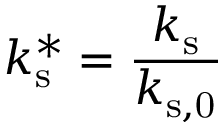
k _ { \mathrm { s } } ^ { * } = \frac { k _ { \mathrm { s } } } { k _ { \mathrm { s , 0 } } }